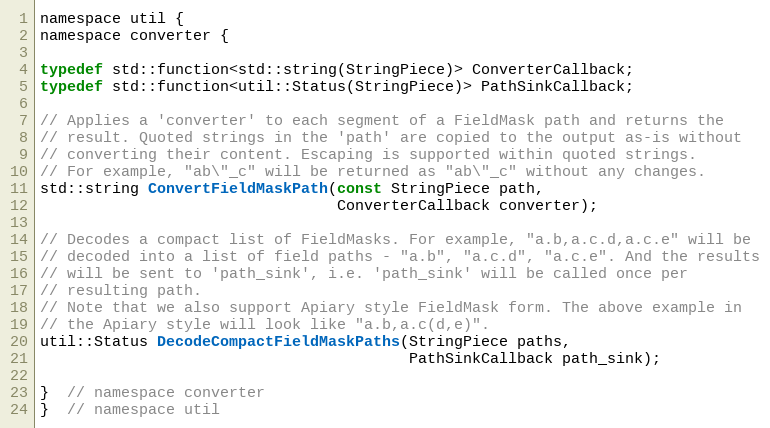
Language: C
namespace util {
namespace converter {

typedef std::function<std::string(StringPiece)> ConverterCallback;
typedef std::function<util::Status(StringPiece)> PathSinkCallback;

// Applies a 'converter' to each segment of a FieldMask path and returns the
// result. Quoted strings in the 'path' are copied to the output as-is without
// converting their content. Escaping is supported within quoted strings.
// For example, "ab\"_c" will be returned as "ab\"_c" without any changes.
std::string ConvertFieldMaskPath(const StringPiece path,
                                 ConverterCallback converter);

// Decodes a compact list of FieldMasks. For example, "a.b,a.c.d,a.c.e" will be
// decoded into a list of field paths - "a.b", "a.c.d", "a.c.e". And the results
// will be sent to 'path_sink', i.e. 'path_sink' will be called once per
// resulting path.
// Note that we also support Apiary style FieldMask form. The above example in
// the Apiary style will look like "a.b,a.c(d,e)".
util::Status DecodeCompactFieldMaskPaths(StringPiece paths,
                                         PathSinkCallback path_sink);

}  // namespace converter
}  // namespace util